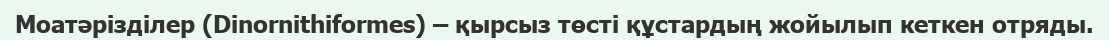
Моатәрізділер (Dіnornіthіformes) – қырсыз төсті құстардың жойылып кеткен отряды.